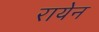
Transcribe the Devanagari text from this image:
रायेन